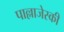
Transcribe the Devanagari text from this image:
पाल्लाजेस्की